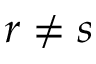
r \neq s